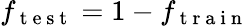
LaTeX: f_{\mathrm{~t~e~s~t~}}=1-f_{\mathrm{~t~r~a~i~n~}}